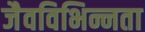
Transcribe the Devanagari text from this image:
जैवविभिन्नता